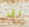
ابى